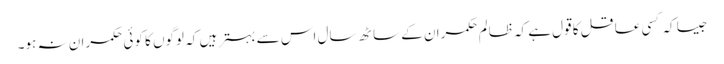
جیسا کہ کسی عاقل کا قول ہے کہ ظالم حکمران کے ساٹھ سال اس سے بہتر ہیں کہ لوگوں کا کوئی حکمران نہ ہو۔